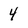
Character: 4